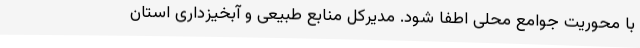
با محوریت جوامع محلی اطفا شود. مدیرکل منابع طبیعی و آبخیزداری استان